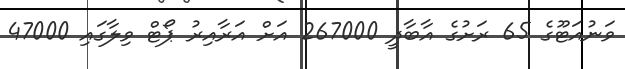
ވަނުއަޓޫގެ 65 ރަށުގެ އާބާދީ 267000 އަށް އަރާއިރު ޕޯޓް ވިލާގައި 47000